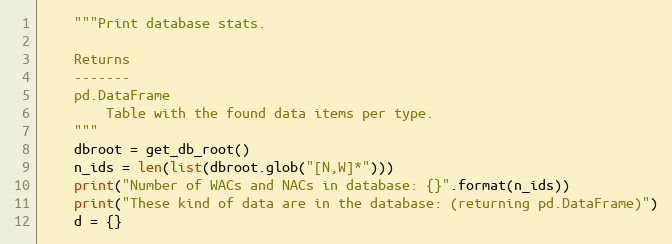
Language: Python
    """Print database stats.

    Returns
    -------
    pd.DataFrame
        Table with the found data items per type.
    """
    dbroot = get_db_root()
    n_ids = len(list(dbroot.glob("[N,W]*")))
    print("Number of WACs and NACs in database: {}".format(n_ids))
    print("These kind of data are in the database: (returning pd.DataFrame)")
    d = {}